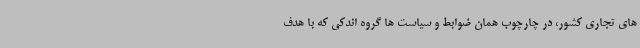
های تجاری کشور، در چارچوب همان ضوابط و سیاست ها گروه اندکی که با هدف